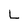
Character: L